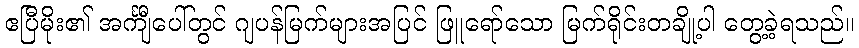
ဧပြီမိုး၏ အင်္ကျီပေါ်တွင် ဂျပန်မြက်များအပြင် ဖြူရော်သော မြက်ရိုင်းတချို့ပါ တွေ့ခဲ့ရသည်။